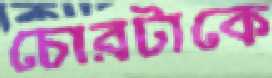
চোরটাকে